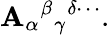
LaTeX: \mathbf{A}_{\alpha}{}^{\beta}{}_{\gamma}{}^{\delta\cdots}.